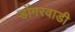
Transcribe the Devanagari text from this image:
डोंगरवाडी